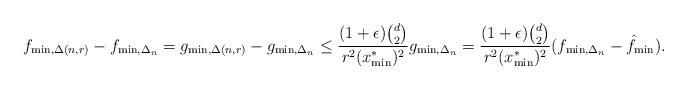
LaTeX: \begin{align*}f_{\min,\Delta(n,r)} - f_{\min,\Delta_n}= g_{\min,\Delta(n,r)} - g_{\min,\Delta_n}\le \frac{(1+\epsilon){d \choose 2}}{r^2(x^*_{\min})^2}g_{\min,\Delta_n}= \frac{(1+\epsilon){d \choose 2}}{r^2(x^*_{\min})^2}(f_{\min,\Delta_n}- \hat f_{\min}).\end{align*}